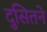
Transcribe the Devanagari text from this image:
दुसितने